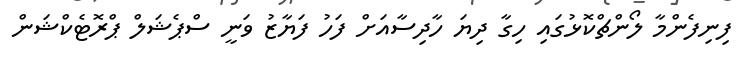
ފިނިފެންމާ ލޯންޗްކޮޅުގައި ހިގާ ދިޔަ ހާދިސާއަށް ފަހު ފަޔާޒު ވަނީ ސްޕެޝަލް ޕްރޮޓެކްޝަން